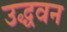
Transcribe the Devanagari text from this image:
उद्धवन